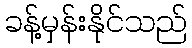
ခန့်မှန်းနိုင်သည်